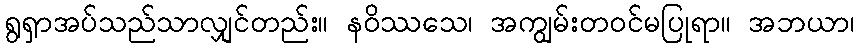
ရွရှာအပ်သည်သာလျှင်တည်း။ နဝိဿသေ၊ အကျွမ်းတဝင်မပြုရာ။ အဘယာ၊